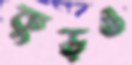
কুড়ও